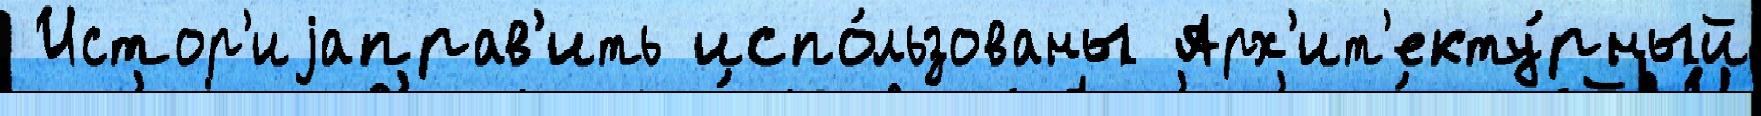
 Истор'иjаправ'ить испо́льзованы Арх'ит'екту́рный